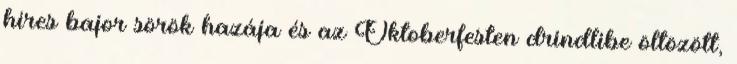
híres bajor sörök hazája és az Oktoberfesten drindlibe öltözött,